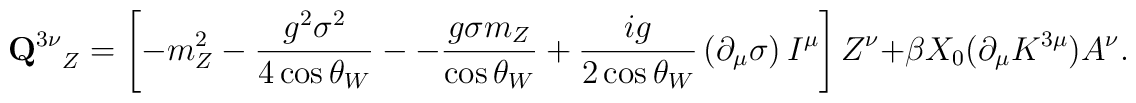
{{\bf Q}^{3 \nu}}_{Z}=\left[ -m_{Z}^{2}-\frac{g^{2}\sigma ^{2}}{4\cos \theta_{W}}--\frac{g\sigma m_{Z}}{\cos \theta_{W}}+\frac{ig}{2\cos \theta_{W}}\left(\partial _{\mu }\sigma \right) I^{\mu }\right] Z^{\nu } + \beta X_{0}(\partial_{\mu }K^{3\mu })A^{\nu}.